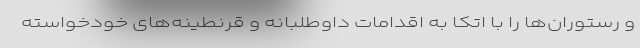
و رستوران‌ها را با اتکا به اقدامات داوطلبانه و قرنطینه‌های خودخواسته